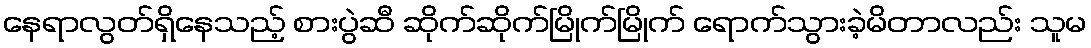
နေရာလွတ်ရှိနေသည့် စားပွဲဆီ ဆိုက်ဆိုက်မြိုက်မြိုက် ရောက်သွားခဲ့မိတာလည်း သူမ